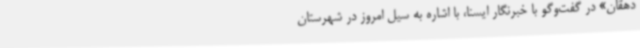
دهقان» در گفت‌وگو با خبرنگار ایسنا، با اشاره به سیل امروز در شهرستان